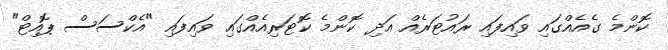
ކޮންމެ ގެއެއްގައި ވައިފައި ރައުޓަރެއް އަދި ކޮންމެ ކޮޓަރިއެއްގައި ވައިފައި "އެކްސަސް ޕޮއިޓް"